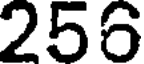
256